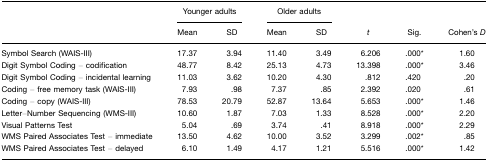
<table><thead><tr><td></td><td colspan="2"><b>Younger adults</b></td><td colspan="2"><b>Older adults</b></td><td></td><td></td><td></td></tr><tr><td></td><td><b>Mean</b></td><td><b>SD</b></td><td><b>Mean</b></td><td><b>SD</b></td><td><b><i>t</i></b></td><td><b>Sig.</b></td><td><b>Cohen&#x27;s <i>D</i></b></td></tr></thead><tbody><tr><td>Symbol Search (WAIS-III)</td><td>17.37</td><td>3.94</td><td>11.40</td><td>3.49</td><td>6.206</td><td>.000*</td><td>1.60</td></tr><tr><td>Digit Symbol Coding – codification</td><td>48.77</td><td>8.42</td><td>25.13</td><td>4.73</td><td>13.398</td><td>.000*</td><td>3.46</td></tr><tr><td>Digit Symbol Coding – incidental learning</td><td>11.03</td><td>3.62</td><td>10.20</td><td>4.30</td><td>.812</td><td>.420</td><td>.20</td></tr><tr><td>Coding – free memory task (WAIS-III)</td><td>7.93</td><td>.98</td><td>7.37</td><td>.85</td><td>2.392</td><td>.020</td><td>.61</td></tr><tr><td>Coding – copy (WAIS-III)</td><td>78.53</td><td>20.79</td><td>52.87</td><td>13.64</td><td>5.653</td><td>.000*</td><td>1.46</td></tr><tr><td>Letter–Number Sequencing (WMS-III)</td><td>10.60</td><td>1.87</td><td>7.03</td><td>1.33</td><td>8.528</td><td>.000*</td><td>2.20</td></tr><tr><td>Visual Patterns Test</td><td>5.04</td><td>.69</td><td>3.74</td><td>.41</td><td>8.918</td><td>.000*</td><td>2.29</td></tr><tr><td>WMS Paired Associates Test – immediate</td><td>13.50</td><td>4.62</td><td>10.00</td><td>3.52</td><td>3.299</td><td>.002*</td><td>.85</td></tr><tr><td>WMS Paired Associates Test – delayed</td><td>6.10</td><td>1.49</td><td>4.17</td><td>1.21</td><td>5.516</td><td>.000*</td><td>1.42</td></tr></tbody></table>